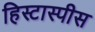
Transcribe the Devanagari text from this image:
हिस्टास्पीस